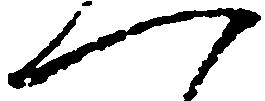
へ